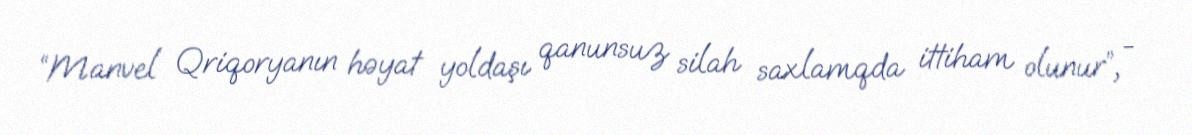
“Manvel Qriqoryanın həyat yoldaşı qanunsuz silah saxlamqda ittiham olunur”, -